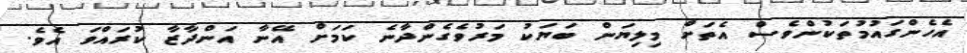
އެހެންގައުމުތަކުންވެސް އެތަށް މިލިޔަން ބަޔަކު މަރުވެގެންދާނެ ކަމަށް އޭނާ އަންދާޒާ ކުރައްވަ އެވެ.